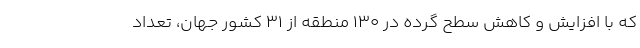
که با افزایش و کاهش سطح گرده در ۱۳۰ منطقه از ۳۱ کشور جهان، تعداد